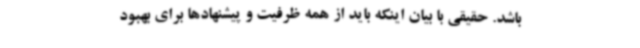
باشد. حقیقی با بیان اینکه باید از همه ظرفیت و پیشنهادها برای بهبود